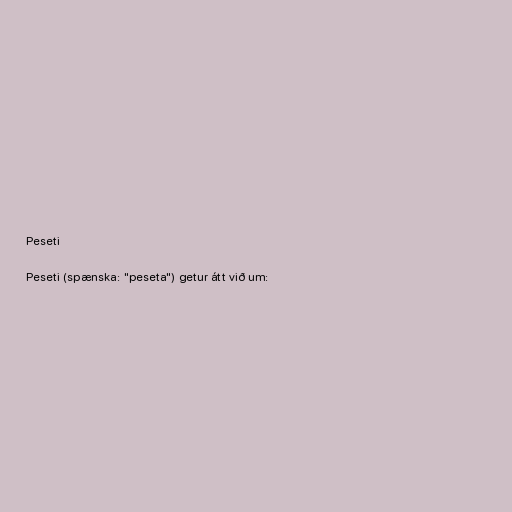
Peseti

Peseti (spænska: "peseta") getur átt við um: